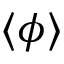
\langle \phi \rangle